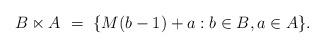
LaTeX: \begin{align*}B \ltimes A \ = \ \{ M(b - 1) + a : b \in B, a \in A \}.\end{align*}